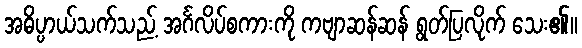
အဓိပ္ပာယ်သက်သည့် အင်္ဂလိပ်စကားကို ကဗျာဆန်ဆန် ရွတ်ပြလိုက် သေး၏။